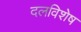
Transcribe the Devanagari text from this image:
दलविशेष